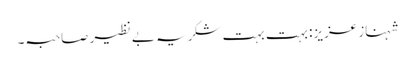
شہناز عزیز: بہت بہت شکریہ بے نظیر صاحبہ۔